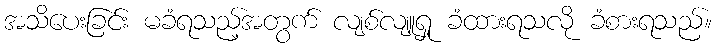
အသိပေးခြင်း မခံရသည့်အတွက် လျစ်လျူရှု ခံထားရသလို ခံစားရသည်။